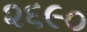
૨૬૯૦